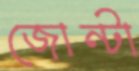
জোন্টা